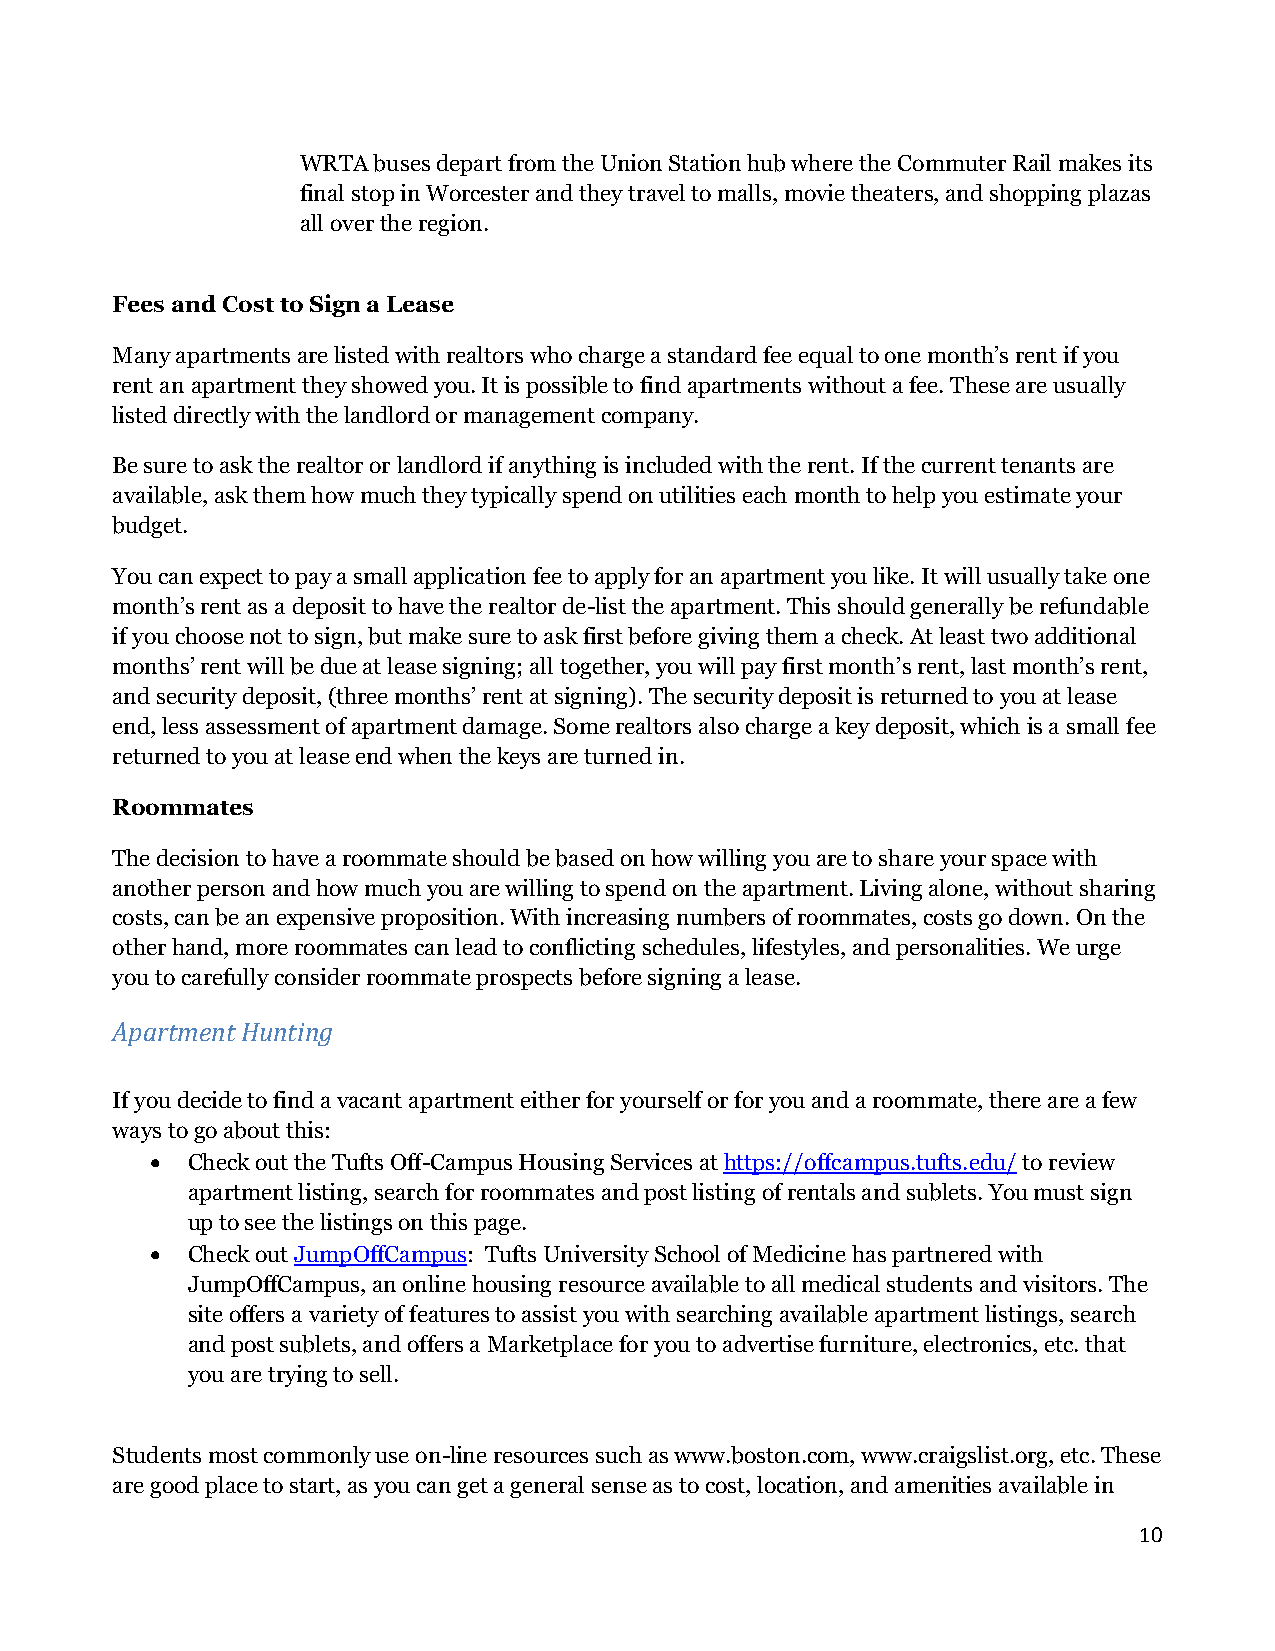
WRTA buses depart from the Union Station hub where the Commuter Rail makes its
 final stop in Worcester and they travel to malls, movie theaters, and shopping plazas
 all over the region.
 Fees and Cost to Sign a Lease
 Many apartments are listed with realtors who charge a standard fee equal to one month’s rent if you
 rent an apartment they showed you. It is possible to find apartments without a fee. These are usually
 listed directly with the landlord or management company.
 Be sure to ask the realtor or landlord if anything is included with the rent. If the current tenants are
 available, ask them how much they typically spend on utilities each month to help you estimate your
 budget.
 You can expect to pay a small application fee to apply for an apartment you like. It will usually take one
 month’s rent as a deposit to have the realtor de-list the apartment. This should generally be refundable
 if you choose not to sign, but make sure to ask first before giving them a check. At least two additional
 months’ rent will be due at lease signing; all together, you will pay first month’s rent, last month’s rent,
 and security deposit, (three months’ rent at signing). The security deposit is returned to you at lease
 end, less assessment of apartment damage. Some realtors also charge a key deposit, which is a small fee
 returned to you at lease end when the keys are turned in.
 Roommates
 The decision to have a roommate should be based on how willing you are to share your space with
 another person and how much you are willing to spend on the apartment. Living alone, without sharing
 costs, can be an expensive proposition. With increasing numbers of roommates, costs go down. On the
 other hand, more roommates can lead to conflicting schedules, lifestyles, and personalities. We urge
 you to carefully consider roommate prospects before signing a lease.
 Apartment Hunting
 If you decide to find a vacant apartment either for yourself or for you and a roommate, there are a few
 ways to go about this:
 • Check out the Tufts Off-Campus Housing Services at https://offcampus.tufts.edu/ to review
 apartment listing, search for roommates and post listing of rentals and sublets. You must sign
 up to see the listings on this page.
 • Check out JumpOffCampus: Tufts University School of Medicine has partnered with
 JumpOffCampus, an online housing resource available to all medical students and visitors. The
 site offers a variety of features to assist you with searching available apartment listings, search
 and post sublets, and offers a Marketplace for you to advertise furniture, electronics, etc. that
 you are trying to sell.
 Students most commonly use on-line resources such as www.boston.com, www.craigslist.org, etc. These
 are good place to start, as you can get a general sense as to cost, location, and amenities available in
 10